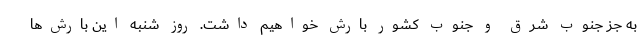
به جز جنوب شرق و جنوب کشور بارش خواهیم داشت. روز شنبه این بارش‌ها